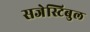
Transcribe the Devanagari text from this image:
सजेस्टिबुल